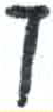
אות: ך